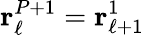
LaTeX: {\mathbf r}_{\ell}^{P+1}={\mathbf r}_{\ell+1}^{1}